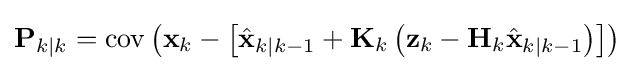
\mathbf {P} _{k\mid k}=\operatorname {cov} \left(\mathbf {x} _{k}-\left[{\hat {\mathbf {x} }}_{k\mid k-1}+\mathbf {K} _{k}\left(\mathbf {z} _{k}-\mathbf {H} _{k}{\hat {\mathbf {x} }}_{k\mid k-1}\right)\right]\right)